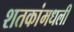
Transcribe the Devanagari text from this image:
शतकांमधली